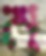
ন